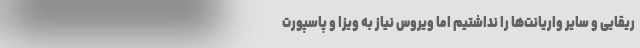
ریقایی و سایر واریانت‌ها را نداشتیم اما ویروس نیاز به ویزا و پاسپورت